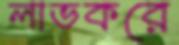
লাভকরে